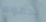
يدعوه